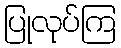
ပြုလုပ်ကြ